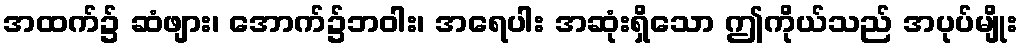
အထက်၌ ဆံဖျား၊ အောက်၌ဘဝါး၊ အရေပါး အဆုံးရှိသော ဤကိုယ်သည် အပုပ်မျိုး